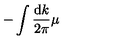
- \int \frac { \mathrm { d } k } { 2 \pi } \mu